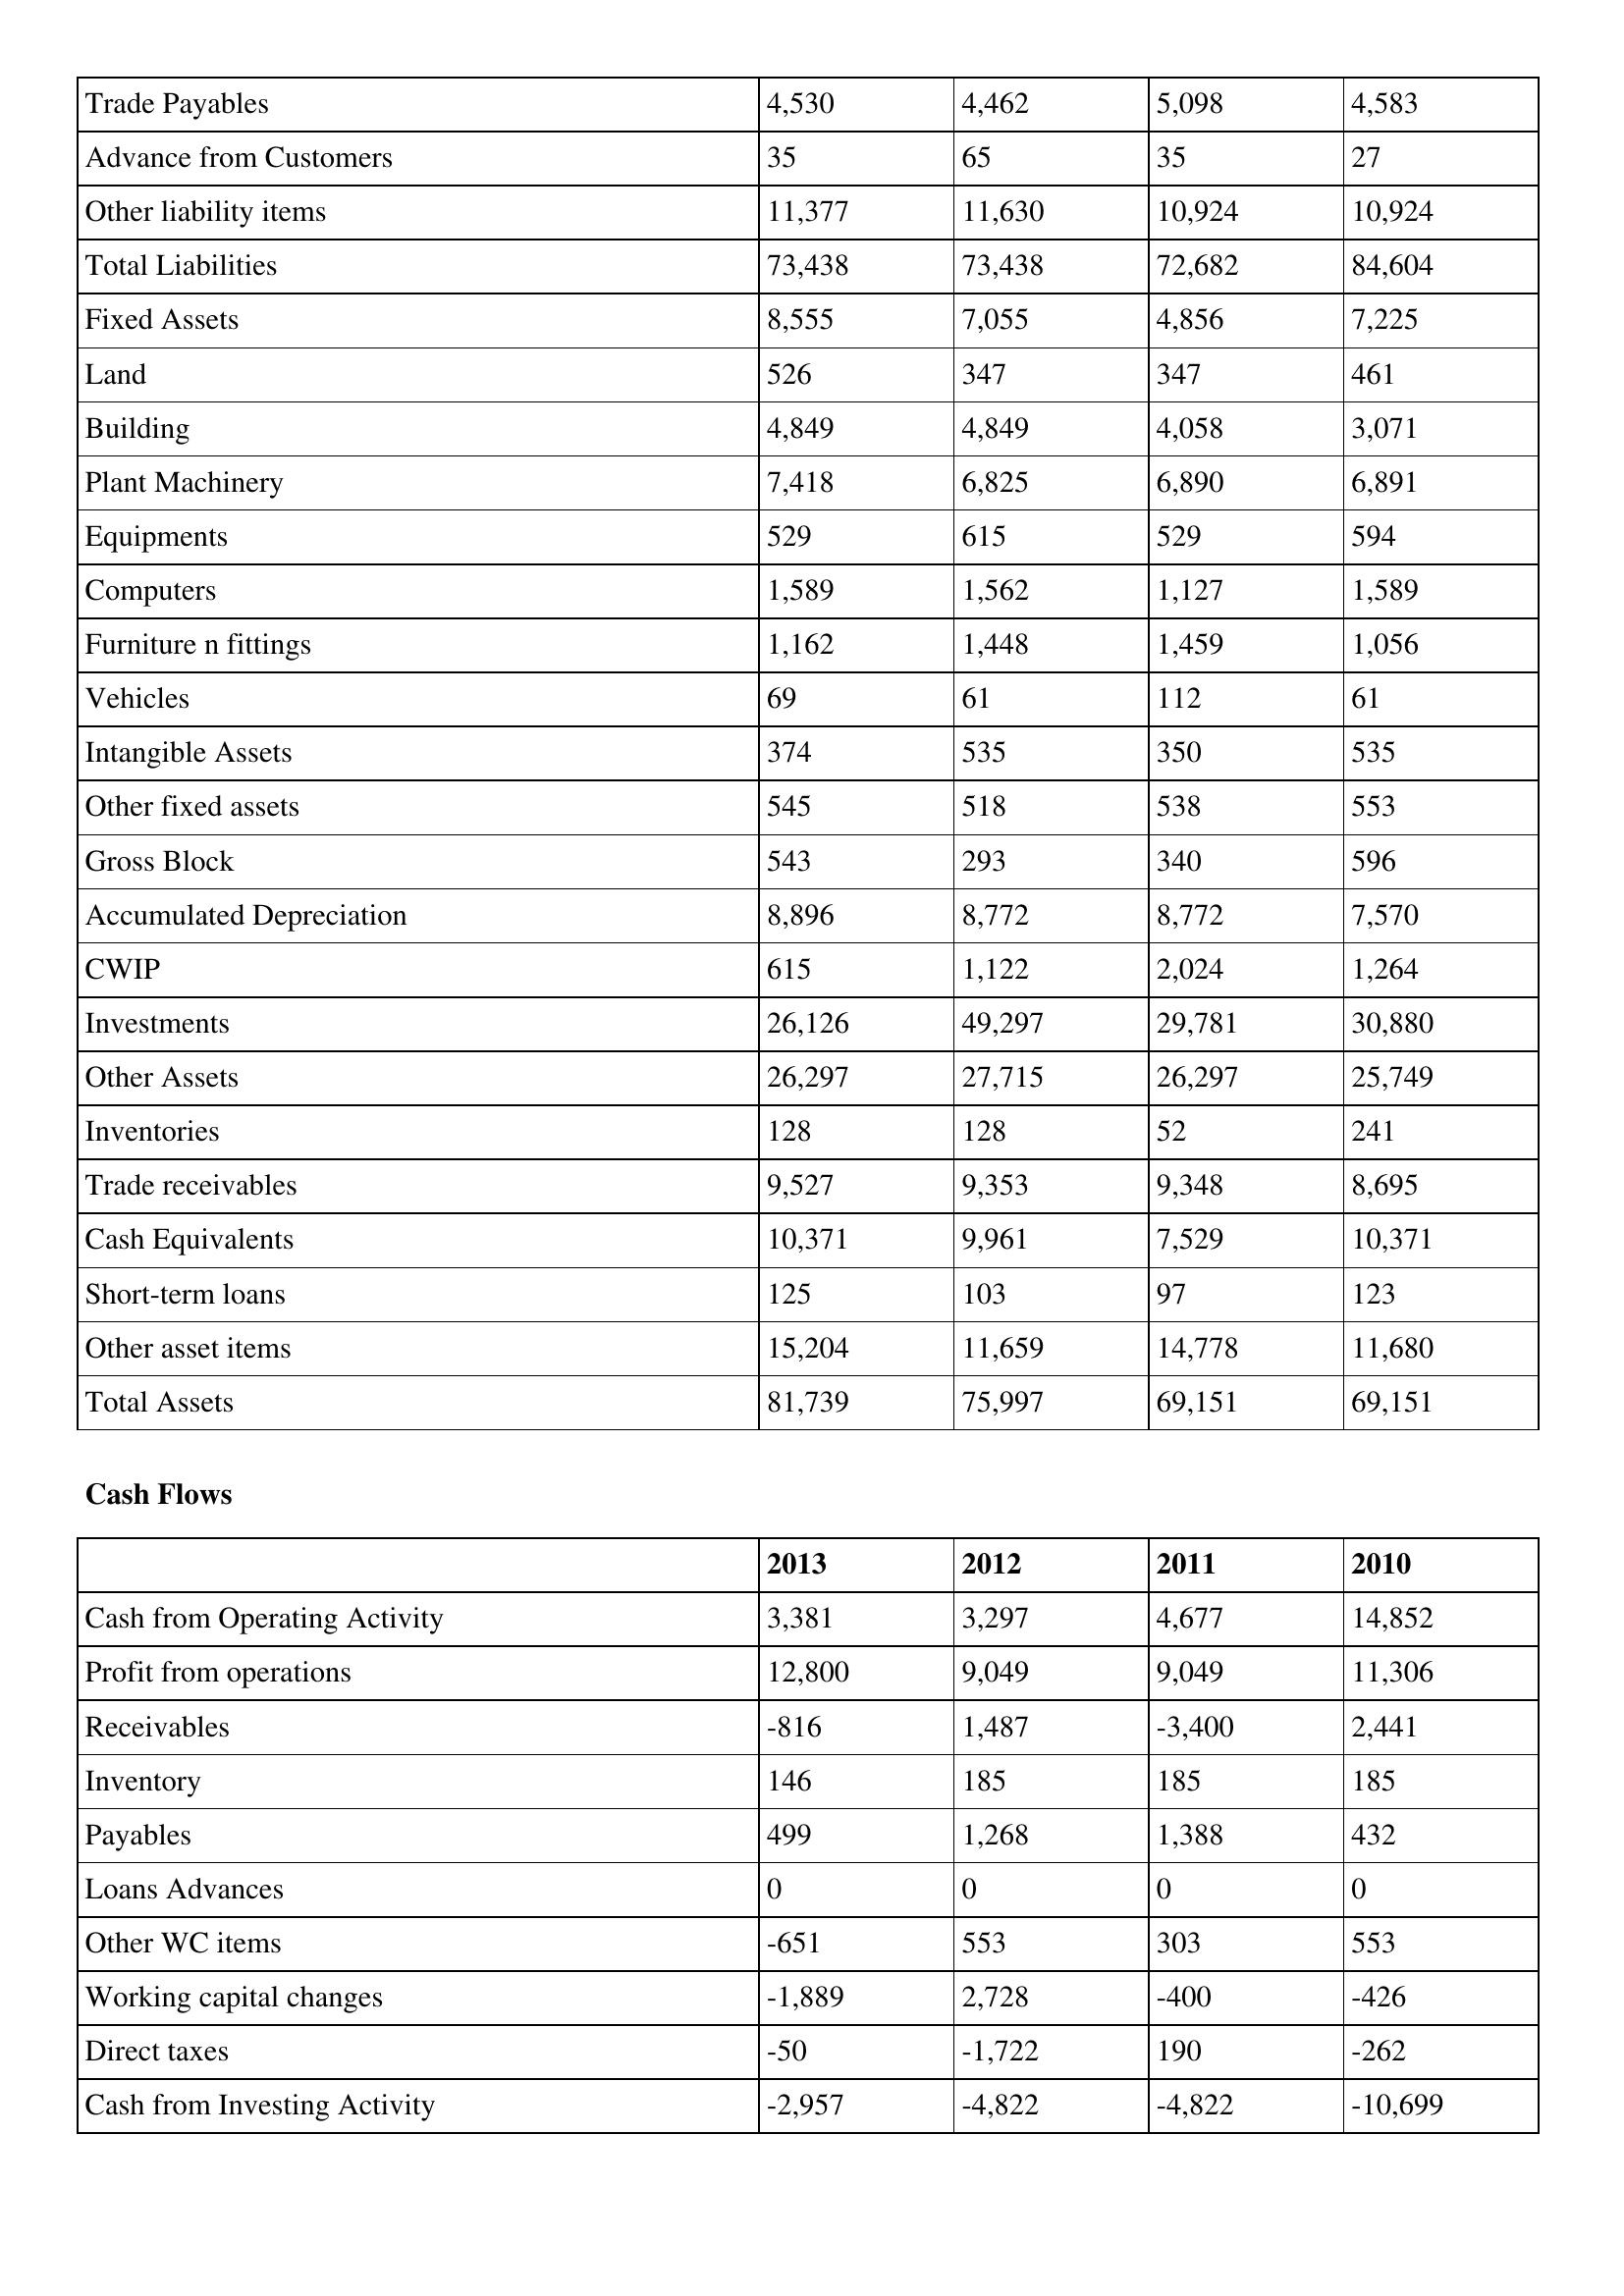
gt_parse: 2013: Balance Sheet: Trade Payables: 4,530
Advance from Customers: 35
Other liability items: 11,377
Total Liabilities: 73,438
Fixed Assets: 8,555
Land: 526
Building: 4,849
Plant Machinery: 7,418
Equipments: 529
Computers: 1,589
Furniture n fittings: 1,162
Vehicles: 69
Intangible Assets: 374
Other fixed assets: 545
Gross Block: 543
Accumulated Depreciation: 8,896
CWIP: 615
Investments: 26,126
Other Assets: 26,297
Inventories: 128
Trade receivables: 9,527
Cash Equivalents: 10,371
Short-term loans: 125
Other asset items: 15,204
Total Assets: 81,739
Cash Flows: Cash from Operating Activity: 3,381
Profit from operations: 12,800
Receivables: -816
Inventory: 146
Payables: 499
Loans Advances: 0
Other WC items: -651
Working capital changes: -1,889
Direct taxes: -50
Cash from Investing Activity: -2,957
2012: Balance Sheet: Trade Payables: 4,462
Advance from Customers: 65
Other liability items: 11,630
Total Liabilities: 73,438
Fixed Assets: 7,055
Land: 347
Building: 4,849
Plant Machinery: 6,825
Equipments: 615
Computers: 1,562
Furniture n fittings: 1,448
Vehicles: 61
Intangible Assets: 535
Other fixed assets: 518
Gross Block: 293
Accumulated Depreciation: 8,772
CWIP: 1,122
Investments: 49,297
Other Assets: 27,715
Inventories: 128
Trade receivables: 9,353
Cash Equivalents: 9,961
Short-term loans: 103
Other asset items: 11,659
Total Assets: 75,997
Cash Flows: Cash from Operating Activity: 3,297
Profit from operations: 9,049
Receivables: 1,487
Inventory: 185
Payables: 1,268
Loans Advances: 0
Other WC items: 553
Working capital changes: 2,728
Direct taxes: -1,722
Cash from Investing Activity: -4,822
2011: Balance Sheet: Trade Payables: 5,098
Advance from Customers: 35
Other liability items: 10,924
Total Liabilities: 72,682
Fixed Assets: 4,856
Land: 347
Building: 4,058
Plant Machinery: 6,890
Equipments: 529
Computers: 1,127
Furniture n fittings: 1,459
Vehicles: 112
Intangible Assets: 350
Other fixed assets: 538
Gross Block: 340
Accumulated Depreciation: 8,772
CWIP: 2,024
Investments: 29,781
Other Assets: 26,297
Inventories: 52
Trade receivables: 9,348
Cash Equivalents: 7,529
Short-term loans: 97
Other asset items: 14,778
Total Assets: 69,151
Cash Flows: Cash from Operating Activity: 4,677
Profit from operations: 9,049
Receivables: -3,400
Inventory: 185
Payables: 1,388
Loans Advances: 0
Other WC items: 303
Working capital changes: -400
Direct taxes: 190
Cash from Investing Activity: -4,822
2010: Balance Sheet: Trade Payables: 4,583
Advance from Customers: 27
Other liability items: 10,924
Total Liabilities: 84,604
Fixed Assets: 7,225
Land: 461
Building: 3,071
Plant Machinery: 6,891
Equipments: 594
Computers: 1,589
Furniture n fittings: 1,056
Vehicles: 61
Intangible Assets: 535
Other fixed assets: 553
Gross Block: 596
Accumulated Depreciation: 7,570
CWIP: 1,264
Investments: 30,880
Other Assets: 25,749
Inventories: 241
Trade receivables: 8,695
Cash Equivalents: 10,371
Short-term loans: 123
Other asset items: 11,680
Total Assets: 69,151
Cash Flows: Cash from Operating Activity: 14,852
Profit from operations: 11,306
Receivables: 2,441
Inventory: 185
Payables: 432
Loans Advances: 0
Other WC items: 553
Working capital changes: -426
Direct taxes: -262
Cash from Investing Activity: -10,699